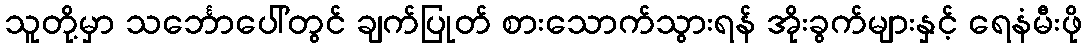
သူတို့မှာ သင်္ဘောပေါ်တွင် ချက်ပြုတ် စားသောက်သွားရန် အိုးခွက်များနှင့် ရေနံမီးဖို